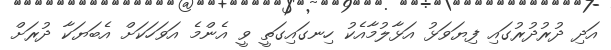
އަދި ދުރުދުރުގައި ފިޔަވަޅު އަޅާލުމާއެކު ހިނގައިގަތީ ވީ އެންމެ އަވަހަކަށް އެބަޔަކާ ދުރަށް